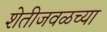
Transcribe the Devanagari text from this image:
शेतीजवळच्या